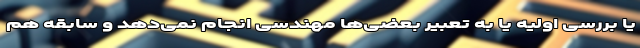
یا بررسی اولیه یا به تعبیر بعضی‌ها مهندسی انجام نمی‌دهد و سابقه هم